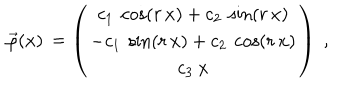
\begin{matrix} { { \quad } } \\ { { \vec { \varphi } ( x ) } } \\ { { \quad } } \\ \end{matrix} = \left( \begin{matrix} { { c _ { 1 } \: \cos ( r \, x ) + c _ { 2 } \: \sin ( r \, x ) } } \\ { { - c _ { 1 } \: \sin ( r \, x ) + c _ { 2 } \: \cos ( r \, x ) } } \\ { { c _ { 3 } \: x } } \\ \end{matrix} \right) \; ,